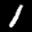
Label: 1